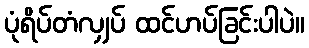
ပုံရိပ်တံလျှပ် ထင်ဟပ်ခြင်းပါပဲ။